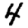
Digit: 4